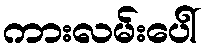
ကားလမ်းပေါ်